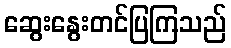
ဆွေးနွေးတင်ပြကြသည်